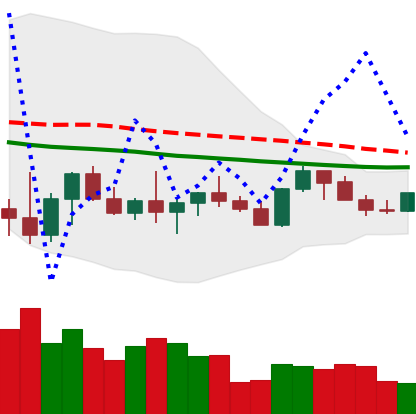
Ticker: LTC-USD
Chart end date: 2022-10-09
Forward return: -4.813%
Label: down_3_5